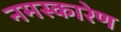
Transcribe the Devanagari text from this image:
नमस्कारेण